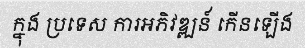
ក្នុង ប្រទេស ការអភិវឌ្ឍន៍ កើនឡើង